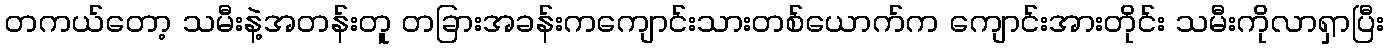
တကယ်တော့ သမီးနဲ့အတန်းတူ တခြားအခန်းကကျောင်းသားတစ်ယောက်က ကျောင်းအားတိုင်း သမီးကိုလာရှာပြီး